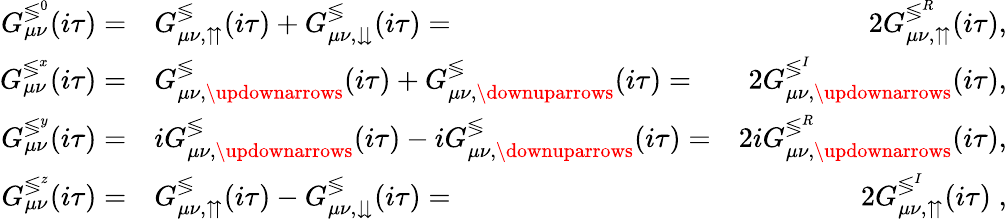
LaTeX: \begin{array}{rlr}{G_{\mu\nu}^{\lessgtr^{0}}(i\tau)=}&{{}G_{\mu\nu,\upuparrows}^{\lessgtr}(i\tau)+G_{\mu\nu,\downdownarrows}^{\lessgtr}(i\tau)=}&{2G_{\mu\nu,\upuparrows}^{\lessgtr^{R}}(i\tau),}\\ {G_{\mu\nu}^{\lessgtr^{x}}(i\tau)=}&{{}G_{\mu\nu,\updownarrows}^{\lessgtr}(i\tau)+G_{\mu\nu,\downuparrows}^{\lessgtr}(i\tau)=}&{2G_{\mu\nu,\updownarrows}^{\lessgtr^{I}}(i\tau),}\\ {G_{\mu\nu}^{\lessgtr^{y}}(i\tau)=}&{{}iG_{\mu\nu,\updownarrows}^{\lessgtr}(i\tau)-iG_{\mu\nu,\downuparrows}^{\lessgtr}(i\tau)=}&{2iG_{\mu\nu,\updownarrows}^{\lessgtr^{R}}(i\tau),}\\ {G_{\mu\nu}^{\lessgtr^{z}}(i\tau)=}&{{}G_{\mu\nu,\upuparrows}^{\lessgtr}(i\tau)-G_{\mu\nu,\downdownarrows}^{\lessgtr}(i\tau)=}&{2G_{\mu\nu,\upuparrows}^{\lessgtr^{I}}(i\tau)\; ,}\end{array}